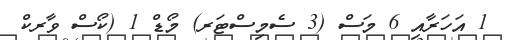
1 އަހަރާއި 6 މަސް (3 ސެމިސްޓަރ) މޯޑް 1 (ކޯސް ވާރކް